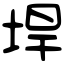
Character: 垾